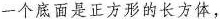
一个底面是正方形的长方体，